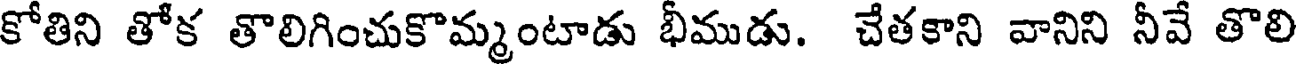
కోతిని తోక తొలిగించుకొమ్మంటాడు భీముడు. చేతకాని వానిని నీవే తొలి